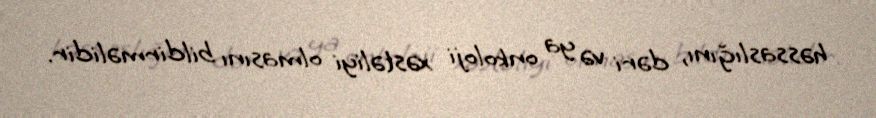
həssaslığını, dəri və ya onkoloji xəstəliyi olmasını bildirməlidir.